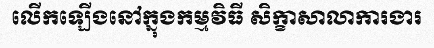
លើកឡើងនៅក្នុងកម្មវិធី សិក្ខាសាលាការងារ